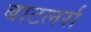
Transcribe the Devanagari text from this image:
बाटलर्स